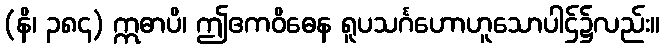
(နိ၊ ၃၈၄) ဣဓာပိ၊ ဤဧကဝိဓေန ရူပသင်္ဂဟောဟူသောပါဌ်၌လည်း။